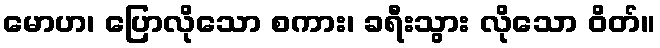
မောဟ၊ ပြောလိုသော စကား၊ ခရီးသွား လိုသော ဝိတ်။